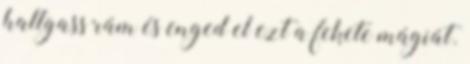
hallgass rám és enged el ezt a fekete mágiát.